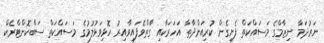
ނަރުދަމާ ނިޒާމްގެ މަސައްކަތް ފެށިގެން ކުރިއަށްދާތާ އަހަރަކާއި ގާތްވެފައިވާއިރު ހޮޅިވަަޅުލުމުގެ މަސައްކަތް ސަބްކޮންޓްރެކް